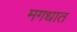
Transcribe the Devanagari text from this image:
मगधात